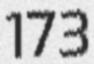
173